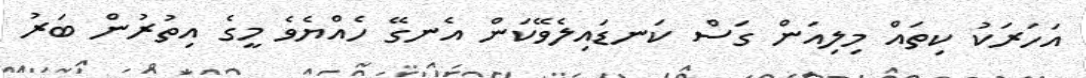
އަހަރަކު ކިތައް މިލިއަން ގަސް ކަނޑައިލެވޭކަން އެނގޭ ހެއްޔެވެ މީގެ އިތުރުން ބަރު